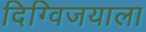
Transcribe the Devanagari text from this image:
दिग्विजयाला